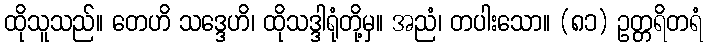
ထိုသူသည်။ တေဟိ သဒ္ဒေဟိ၊ ထိုသဒ္ဒါရုံတို့မှ။ အညံ၊ တပါးသော။ (၈၁) ဥတ္တရိတရံ